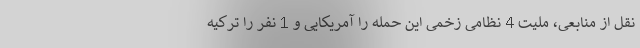
نقل از منابعی، ملیت 4 نظامی زخمی این حمله را آمریکایی و 1 نفر را ترکیه